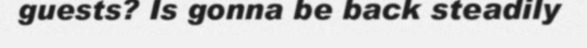
guests? Is gonna be back steadily